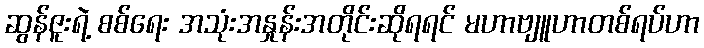
ဆွန်ဇူးရဲ့ စစ်ရေး အသုံးအနှုန်းအတိုင်းဆိုရရင် မဟာဗျူဟာတစ်ရပ်ဟာ